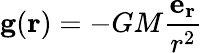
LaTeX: \mathbf{g}(\mathbf{r})=-GM{\frac{\mathbf{e_{r}}}{r^{2}}}